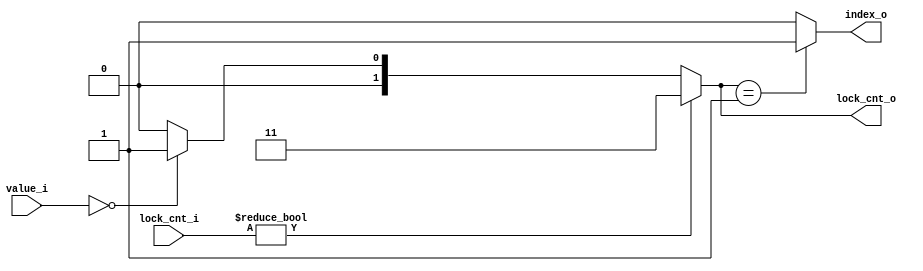
/**
*   freelock_cntindex
*/
module dcd_in_var1 #(
        parameter NUM = 1,
        parameter WIDTH = 3
    )
    (
        input [NUM*WIDTH-1 : 0] value_i,
        input [1:0]             lock_cnt_i,
        output [1:0]            lock_cnt_o,
        output [NUM-1 : 0]      index_o
    );

    assign lock_cnt_o = lock_cnt_i!=0?2'b11:(value_i==0? 2'b01:2'b00);
    assign index_o = lock_cnt_o == 1? 1 : 0;

endmodule